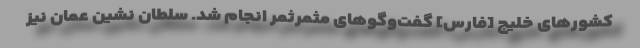
کشورهای خلیج [فارس] گفت‌وگوهای مثمرثمر انجام شد. سلطان نشین عمان نیز